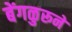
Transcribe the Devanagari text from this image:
बेंगळुरूने